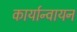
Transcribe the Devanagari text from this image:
कार्यान्वायन